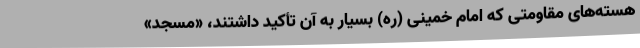
هسته‌های مقاومتی که امام خمینی (ره) بسیار به آن تأکید داشتند، «مسجد»